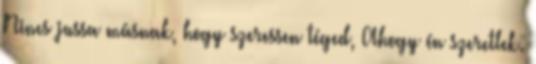
Nincs jussa másnak, hogy szeressen téged, Ahogy én szeretlek.